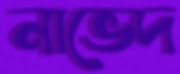
নাভেদ